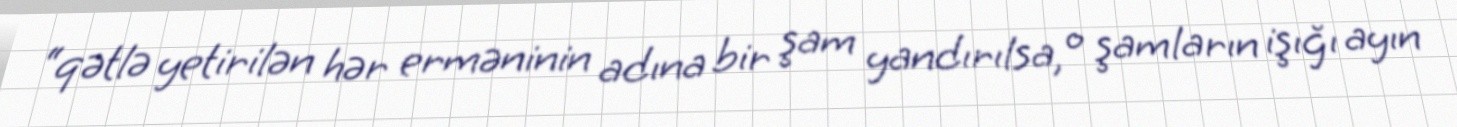
“qətlə yetirilən hər erməninin adına bir şam yandırılsa, o şamların işığı ayın